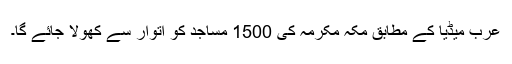
عرب میڈیا کے مطابق مکہ مکرمہ کی 1500 مساجد کو اتوار سے کھولا جائے گا۔